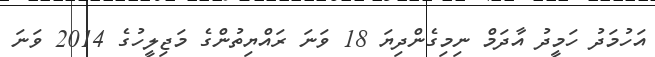
އަހުމަދު ހަމީދު އާދަމް ނިމިގެންދިޔަ 18 ވަނަ ރައްޔިތުންގެ މަޖިލީހުގެ 2014 ވަނަ